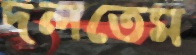
দলতেম